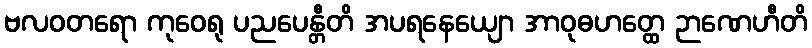
ဗလဝတရော ကုဝေရု ပညပေန္တီတိ အပရနေယျော အာဝုဓဟတ္ထေ ဉာဏေဟီတိ